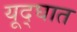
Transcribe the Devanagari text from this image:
यूद्घात